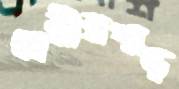
বেরীরপাড়